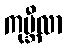
ကုမ္ဘီလာ